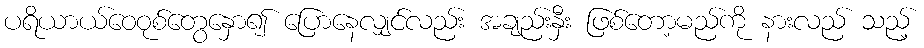
ပရိယာယ်ဝေဝုစ်တွေနှော၍ ပြောနေလျှင်လည်း အချည်းနှီး ဖြစ်တော့မည်ကို နားလည် သည့်